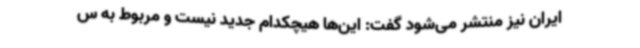
ایران نیز منتشر می‌شود گفت: این‌ها هیچکدام جدید نیست و مربوط به س